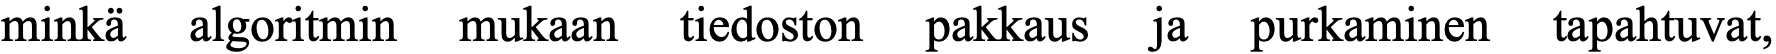
minkä algoritmin mukaan tiedoston pakkaus ja purkaminen tapahtuvat,